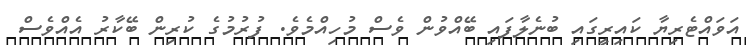
އަވައްޓެރިޔާ ކައިރީގައި ބުނެލާފައި ބޭއްވުން ވެސް މުހިއްމެވެ. ފުރުމުގެ ކުރިން ބޭކާރު އެއްވެސް